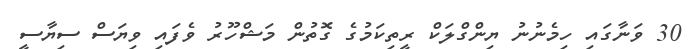
30 ވަނާގައި ހިމެނުނު ޔިންގްލަކް ރީތިކަމުގެ ގޮތުން މަޝްހޫރު ވެފައި ވިޔަސް ސިޔާސީ